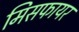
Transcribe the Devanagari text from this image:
मिसफायर